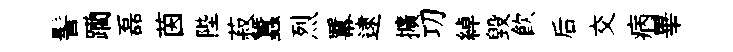
髻躪磊茵陛菽蠶烈羃逮擴㓛綽毁飮后交病畢